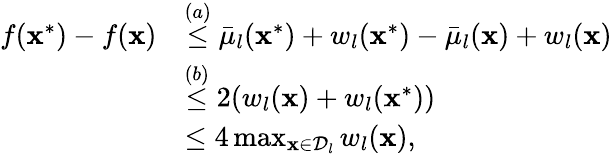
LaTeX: \begin{array}{rl}{f(\mathbf{x}^{*})-f(\mathbf{x})}&{\overset{(a)}{\leq}\bar{\mu}_{l}(\mathbf{x}^{*})+w_{l}(\mathbf{x}^{*})-\bar{\mu}_{l}(\mathbf{x})+w_{l}(\mathbf{x})}\\ &{\overset{(b)}{\leq}2(w_{l}(\mathbf{x})+w_{l}(\mathbf{x}^{*}))}\\ &{\leq 4\operatorname*{max}_{\mathbf{x}\in\mathcal{D}_{l}}w_{l}(\mathbf{x}),}\end{array}